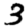
Digit: 3